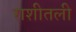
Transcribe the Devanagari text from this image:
राशीतली